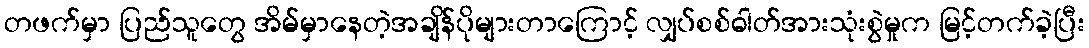
တဖက်မှာ ပြည်သူတွေ အိမ်မှာနေတဲ့အချိန်ပိုများတာကြောင့် လျှပ်စစ်ဓါတ်အားသုံးစွဲမှုက မြင့်တက်ခဲ့ပြီး